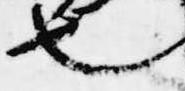
也